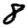
Digit: 8